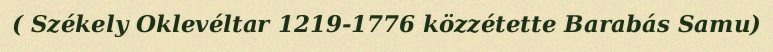
( Székely Oklevéltar 1219-1776 közzétette Barabás Samu)